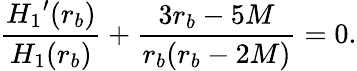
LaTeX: \frac{{H_{1}}^{\prime}(r_{b})}{H_{1}(r_{b})}+\frac{3r_{b}-5M}{r_{b}(r_{b}-2M)}=0.